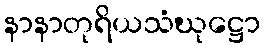
နာနာတုရိယသံဃုဋ္ဌော